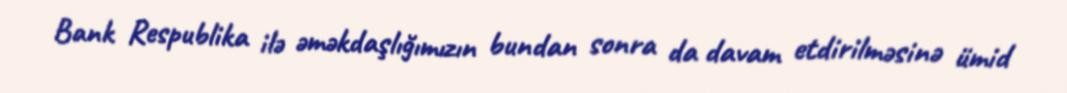
Bank Respublika ilə əməkdaşlığımızın bundan sonra da davam etdirilməsinə ümid